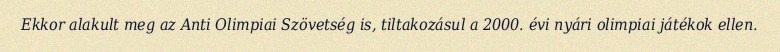
Ekkor alakult meg az Anti Olimpiai Szövetség is, tiltakozásul a 2000. évi nyári olimpiai játékok ellen.